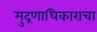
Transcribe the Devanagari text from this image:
मुद्रणाधिकाराचा